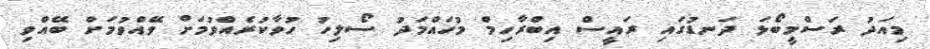
މިއަދު ރަސްމީބޯޅަ ދަނޑުގައި ރައީސް އިބްރާހިމް މުހައްމަދު ސޯލިހު ހުވާކުރެއްވުމަށް ވޭއްވުމަށް ބޭއްވި